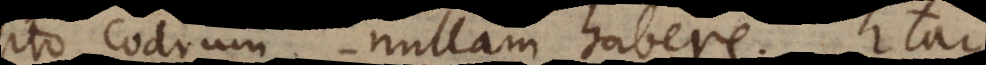
posito Codrum nullam habere. Itaque